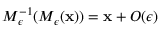
M _ { \epsilon } ^ { - 1 } ( M _ { \epsilon } ( { \bf x } ) ) = { \bf x } + O ( \epsilon )